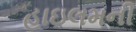
હાઇલમની